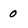
Character: 0